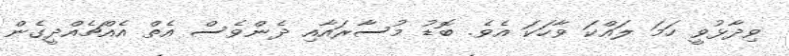
ވިދާޅުވީ ހަމަ ލައްކަ ވާހަކަ އެވެ. ބޮޑު މުސާރައާއި ދެންވެސް އެތް އެއްޗެއްދީގެން